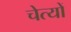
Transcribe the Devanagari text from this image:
चेत्यों